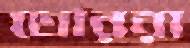
তোররা